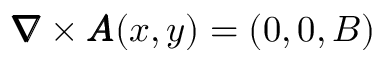
\pmb { \nabla } \times \pmb { A } ( x , y ) = ( 0 , 0 , B )